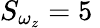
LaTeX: S_{\omega_{z}}=5\